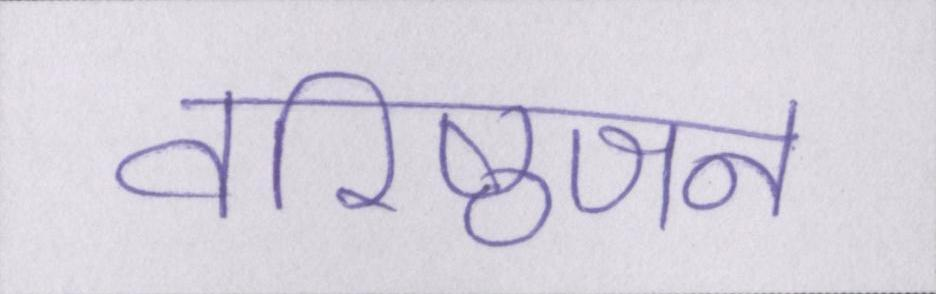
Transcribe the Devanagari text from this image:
वरिष्ठजन